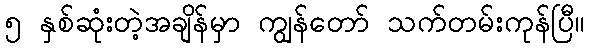
၅ နှစ်ဆုံးတဲ့အချိန်မှာ ကျွန်တော် သက်တမ်းကုန်ပြီ။